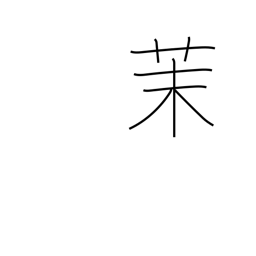
Meaning: jasmine